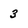
Character: 3